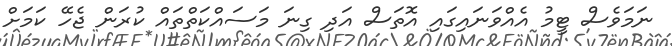
ނަމަވެސް ޓީމު އެއްވަނައިގައި އޮތަސް އަދި ގިނަ މަސައްކަތްތައް ކުރަން ޖެހޭ ކަމަށް